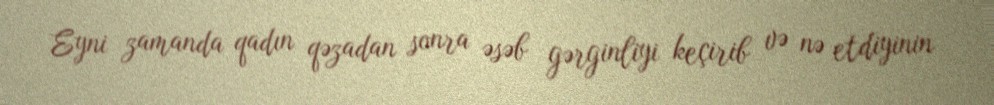
Eyni zamanda qadın qəzadan sonra əsəb gərginliyi keçirib və nə etdiyinin